画像に写った文字を読んでください
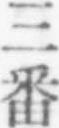
「三番」と書いてあります